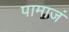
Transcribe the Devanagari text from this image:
पामाजं